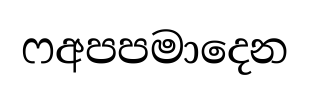
ෆඅපපමාදෙන